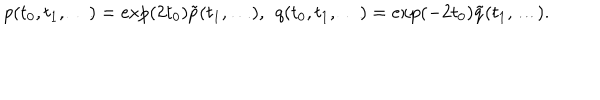
LaTeX: p ( t _ { 0 } , t _ { 1 } , \dots ) = \exp ( 2 t _ { 0 } ) \tilde { p } ( t _ { 1 } , \dots ) , \; \, q ( t _ { 0 } , t _ { 1 } , \dots ) = \exp ( - 2 t _ { 0 } ) \tilde { q } ( t _ { 1 } , \dots ) .